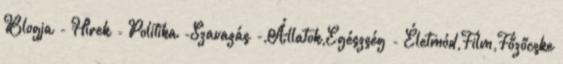
Blogja - Hírek - Politika -Szavazás -,Állatok,Egészség - Életmód,Film,Főzőcske